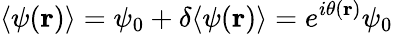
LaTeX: \langle\psi(\mathbf{r})\rangle=\psi_{0}+\delta\langle\psi(\mathbf{r})\rangle=e^{i\theta(\mathbf{r})}\psi_{0}